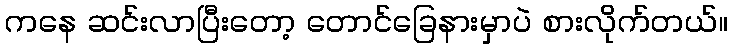
ကနေ ဆင်းလာပြီးတော့ တောင်ခြေနားမှာပဲ စားလိုက်တယ်။